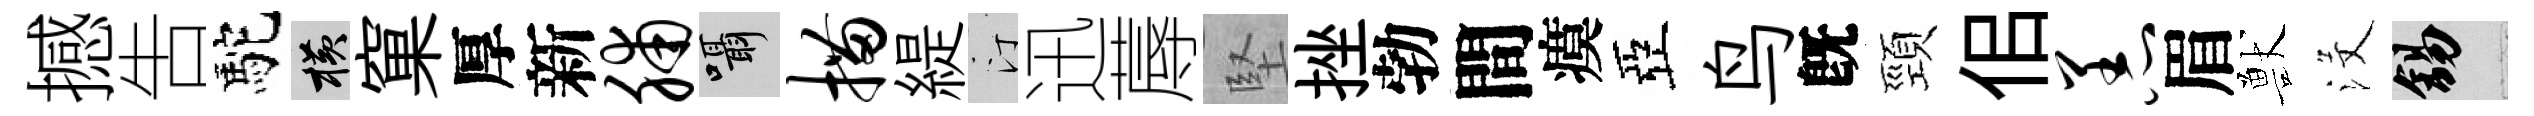
撼吿駝横窠厚新脯囁描緹汀迅蓐堅挫勃間瘼亞鸟旣頸佀恙眉獸沒錫